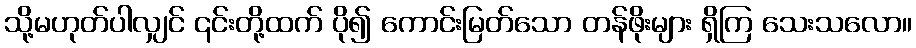
သို့မဟုတ်ပါလျှင် ၎င်းတို့ထက် ပို၍ ကောင်းမြတ်သော တန်ဖိုးများ ရှိကြ သေးသလော။